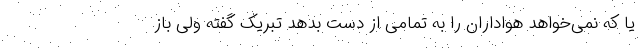
یا که نمی‌خواهد هواداران را به تمامی از دست بدهد تبریک گفته ولی باز